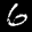
Label: 6